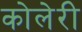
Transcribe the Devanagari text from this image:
कोलेरी